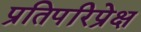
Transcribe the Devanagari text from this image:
प्रतिपरिप्रेक्ष